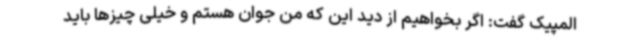
المپیک گفت: اگر بخواهیم از دید این که من جوان هستم و خیلی چیزها باید